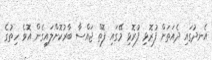
އެނދުގައި ދެއަތަށް ފުރޮޅި ފުރޮޅި މޭގައި ފޮތް ޖައްސާ ބާރުކޮށްލައިގެން އޮވެ ހިތުގެ